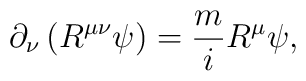
\partial _{\nu }\left( R^{\mu \nu }\psi \right) =\frac{m}{i}R^{\mu }\psi ,